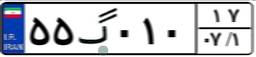
۵۴گ۱۴۴۰۳